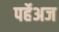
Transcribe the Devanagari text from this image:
पर्हेअज